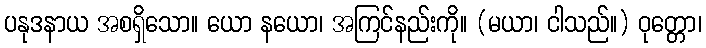
ပနုဒနာယ အစရှိသော။ ယော နယော၊ အကြင်နည်းကို။ (မယာ၊ ငါသည်။) ဝုတ္တော၊